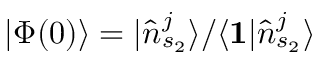
| \Phi ( 0 ) \rangle = | \hat { n } _ { s _ { 2 } } ^ { j } \rangle / \langle \mathbf { 1 } | \hat { n } _ { s _ { 2 } } ^ { j } \rangle